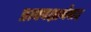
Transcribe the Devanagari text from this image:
प्रत्ययक्षार्थवाद